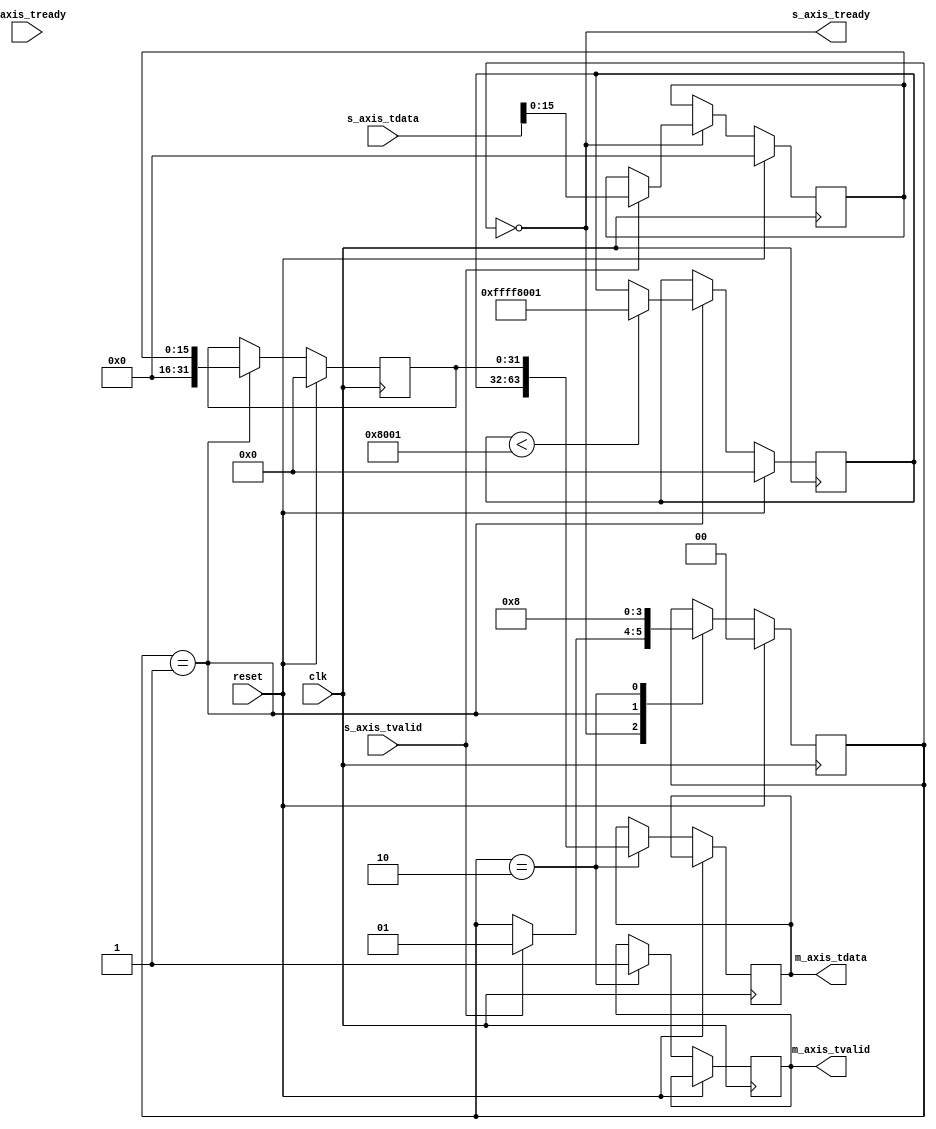
`timescale 1ns / 1ps
//////////////////////////////////////////////////////////////////////////////////
// Company: 
// Engineer: 
// 
// Design Name: 
// Module Name: Clarke_Inverse
// Project Name: 
// Target Devices: 
// Tool Versions: 
// Description: 
// 
// Dependencies: 
// 
// Revision:
// Revision 0.01 - File Created
// Additional Comments:
// 
//////////////////////////////////////////////////////////////////////////////////

`timescale 1ns / 1ps

module Clarke_Inverse (
  input wire clk,
  input wire reset,
  input wire [63:0] s_axis_tdata,
  input wire s_axis_tvalid,
  output wire s_axis_tready,
  output reg [63:0] m_axis_tdata,
  output reg m_axis_tvalid,
  input wire m_axis_tready
);

  reg [15:0] Valpha, Vbeta, Theta;
  reg signed [31:0] s3vb; // Clarke Inverse
  reg signed [31:0] Va, Vb, Vc; // Clarke Inverse -> SVPWM
  reg [1:0] state = 0;
  parameter signed [31:0] MAX_LIM = 32767; // 
  parameter signed [31:0] MIN_LIM = -32767; // 
  parameter signed [31:0] SQRT3C = 28377; // sqrt(3)*(2^15)


  assign m_axis_tready = 1'b1;

  always @(posedge clk) begin
    if (reset) begin
      Valpha <= 16'd0;
      Vbeta <= 16'd0;
      Theta <= 16'd0;
      s3vb <= 0;
      Va <= 32'd0;
      Vb <= 32'd0;
      Vc <= 32'd0;
      state <= 2'b00;
    end else begin
      case (state)
        2'b00: begin // Wait for valid input data
          if (s_axis_tvalid) begin
            Valpha <= s_axis_tdata[15:0];
            Vbeta <= s_axis_tdata[31:16];
            Theta <= s_axis_tdata[47:32];
            s3vb <= Vbeta * SQRT3C;
            state <= 2'b01;
          end
        end
        2'b01: begin // Process data
          
          Va <= Valpha;
          Vb <= ((s3vb >> 15) - Valpha) >> 1;
          Vc <= (0 - Valpha - (s3vb >> 15)) >> 1;
          Vb <= (Vb > MAX_LIM) ? MAX_LIM : Vb;
          Vb <= (Vb < MIN_LIM) ? MIN_LIM : Vb;
          Vc <= (Vc > MAX_LIM) ? MAX_LIM : Vc;
          Vc <= (Vc < MIN_LIM) ? MIN_LIM : Vc;
          state <= 2'b10;
        end
        2'b10: begin // Output result
          m_axis_tdata <= {Theta, Vc, Vb, Va};
          m_axis_tvalid <= 1'b1;
          state <= 2'b00;
        end
      endcase
    end
  end

  assign s_axis_tready = (state == 2'b00);

endmodule